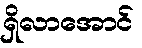
ရှိလာအောင်